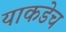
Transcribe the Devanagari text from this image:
याकडेच